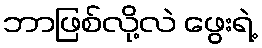
ဘာဖြစ်လို့လဲ ဖွေးရဲ့